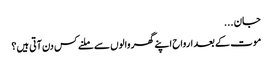
جان ...
موت کے بعد ارواح اپنے گھر والوں سے ملنے کس دن آتی ہیں؟